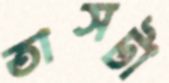
তাসটা